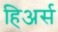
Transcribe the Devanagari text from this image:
हिअर्स